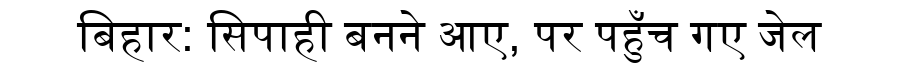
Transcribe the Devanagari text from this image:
बिहार: सिपाही बनने आए, पर पहुँच गए जेल